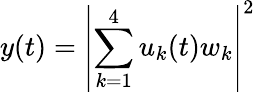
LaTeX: y(t)=\left|\sum_{k=1}^{4}u_{k}(t)w_{k}\right|^{2}